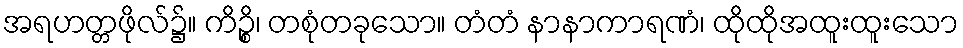
အရဟတ္တဖိုလ်၌။ ကိဉ္စိ၊ တစုံတခုသော။ တံတံ နာနာကာရဏံ၊ ထိုထိုအထူးထူးသော